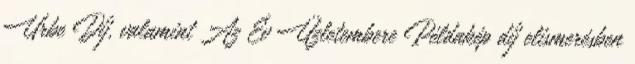
Urbe Díj, valamint Az Év Üzletembere Példakép díj elismerésben